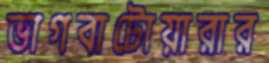
ভাগবাটোয়ারার